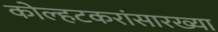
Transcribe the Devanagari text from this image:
कोल्हटकरांसारख्या